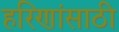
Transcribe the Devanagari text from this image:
हरिणांसाठी